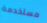
مستخدمة